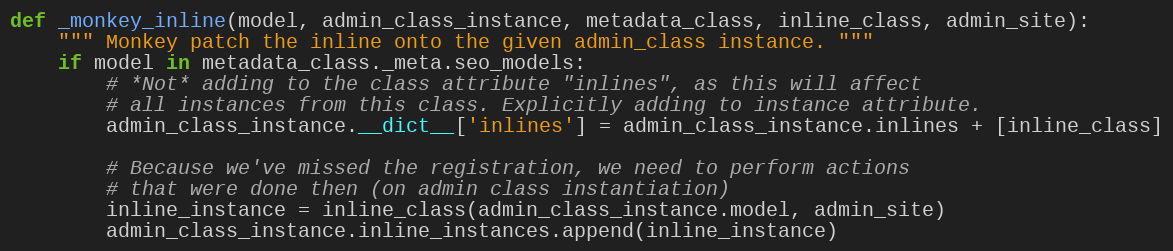
Language: Python
def _monkey_inline(model, admin_class_instance, metadata_class, inline_class, admin_site):
    """ Monkey patch the inline onto the given admin_class instance. """
    if model in metadata_class._meta.seo_models:
        # *Not* adding to the class attribute "inlines", as this will affect
        # all instances from this class. Explicitly adding to instance attribute.
        admin_class_instance.__dict__['inlines'] = admin_class_instance.inlines + [inline_class]

        # Because we've missed the registration, we need to perform actions
        # that were done then (on admin class instantiation)
        inline_instance = inline_class(admin_class_instance.model, admin_site)
        admin_class_instance.inline_instances.append(inline_instance)